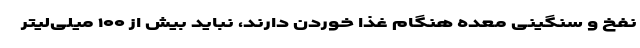
نفخ و سنگینی معده هنگام غذا خوردن دارند، نباید بیش از ۱۰۰ میلی‌لیتر